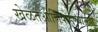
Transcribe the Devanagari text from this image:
खेळतआणिपोहण्यातही